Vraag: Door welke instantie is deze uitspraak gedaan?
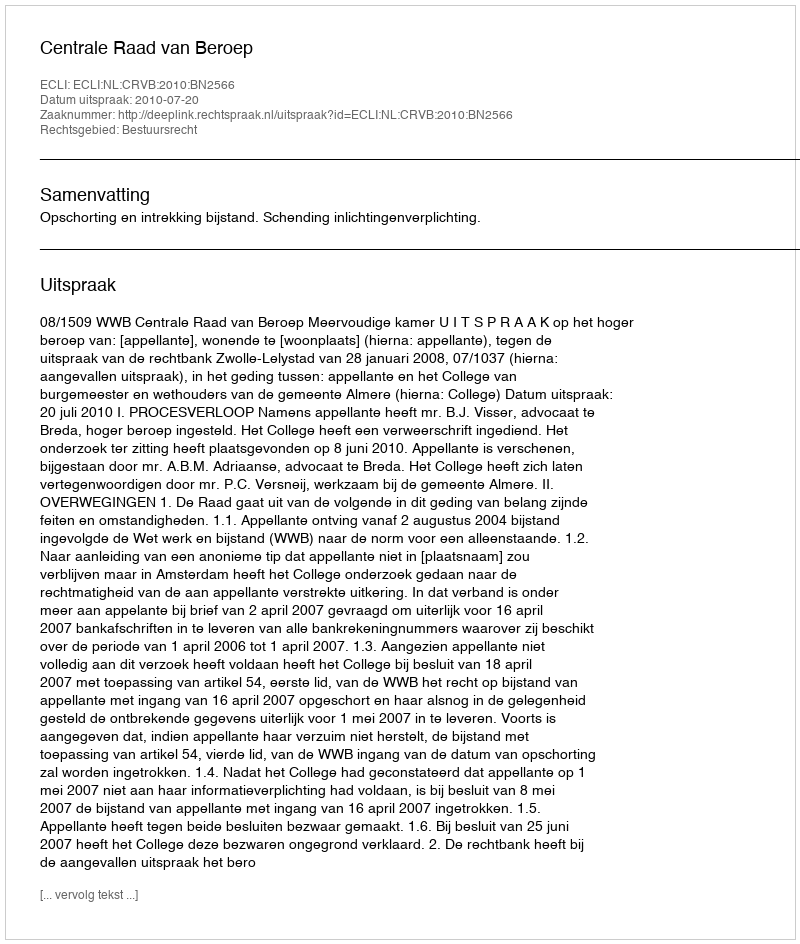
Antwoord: Centrale Raad van Beroep